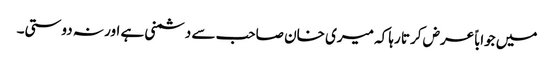
میں جواباً عرض کرتا رہا کہ میری خان صاحب سے دشمنی ہے اور نہ دوستی۔